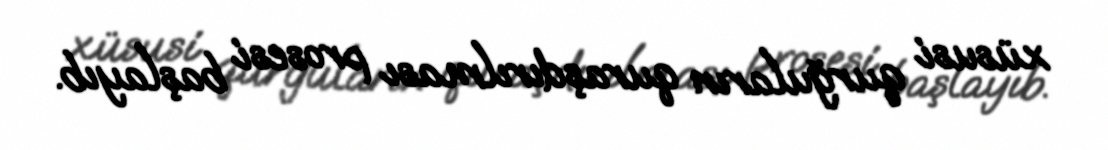
xüsusi qurğuların quraşdırılması prosesi başlayıb.